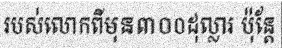
របស់លោកពីមុន៣០០ដុល្លារ ប៉ុន្តែ